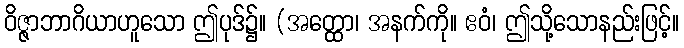
ဝိဇ္ဇာဘာဂိယာဟူသော ဤပုဒ်၌။ (အတ္ထော၊ အနက်ကို။ ဧဝံ၊ ဤသို့သောနည်းဖြင့်။